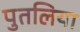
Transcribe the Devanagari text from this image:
पुतलिया